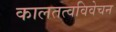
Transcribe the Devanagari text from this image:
कालतत्वविवेचन